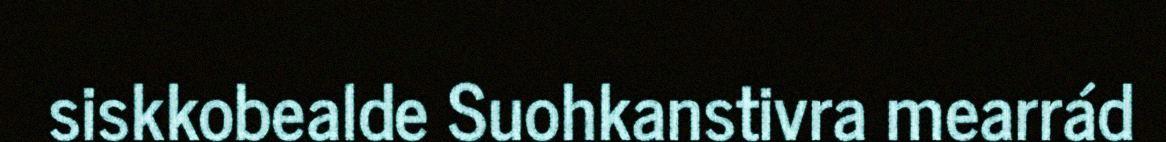
siskkobealde Suohkanstivra mearrád